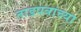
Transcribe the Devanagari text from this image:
ताडपत्रांच्या